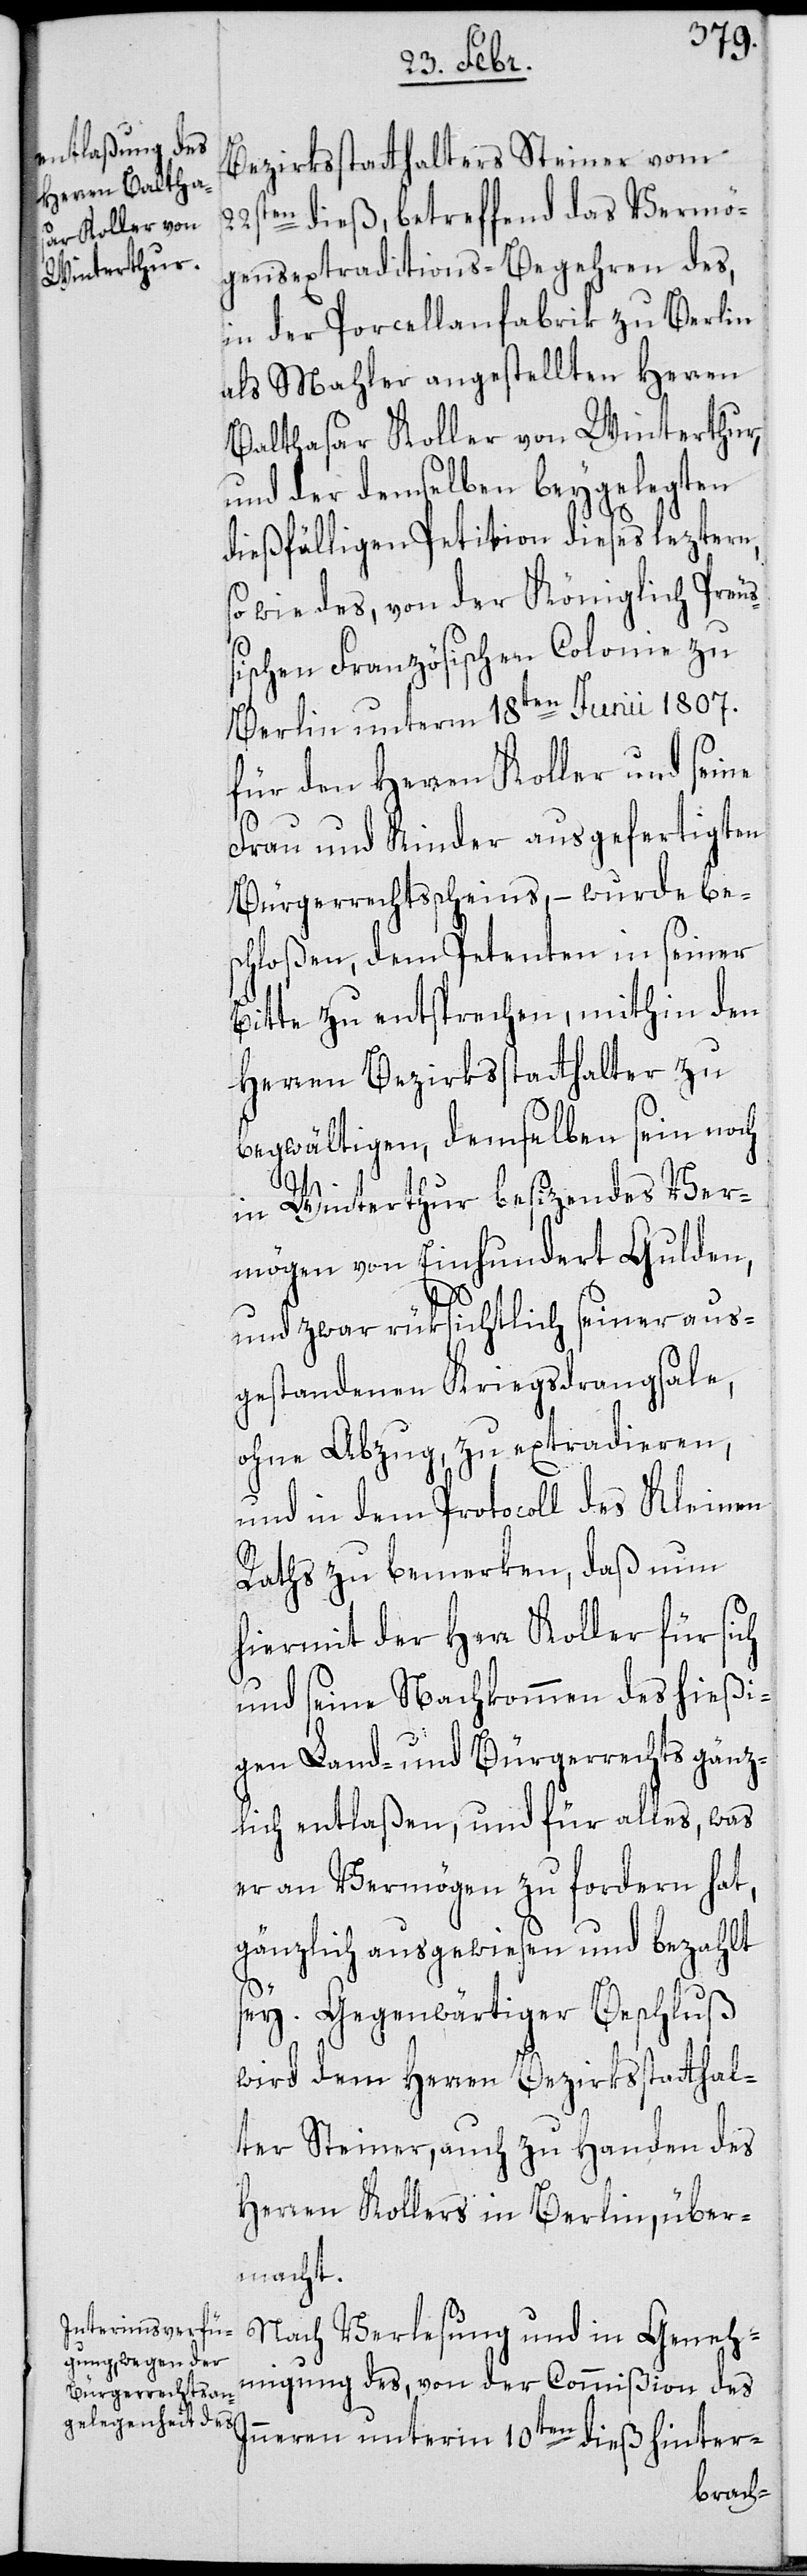
Bezirksstatthalters Steiner vom
22sten dieß, betreffend das Vermö¬
gensextraditions-Begehren des,
in der Porcellanfabrik zu Berlin
als Mahler angestellten Herren
Balthasar Koller von Winterthur,
und der demselben beygelegten
dießfälligen Petition dieses leztern,
sowie des, von der Königlich Preuß¬
ischen Französischen Colonie zu
Berlin unterm 18ten Junii 1807.
für den Herren Koller und seine
Frau und Kinder ausgefertigten
Bürgerrechtsscheins, – wurde be¬
schloßen, dem Petenten in seiner
Bitte zu entsprechen, mithin den
Herren Bezirksstatthalter zu
begwältigen, demselben sein noch
in Winterthur besizendes Ver¬
mögen von Einhundert Gulden,
und zwar rüksichtlich seiner aus¬
gestandenen Kriegsdrangsale,
ohne Abzug, zu extradieren,
und in dem Protocoll des Kleinen
Raths zu bemerken, daß nun
hiermit der Herr Koller für sich
und seine Nachkommen des hießi¬
gen Land- und Bürgerrechts gänz¬
lich entlaßen, und für alles, was
er an Vermögen zu fordern hat,
gänzlich ausgewiesen und bezahlt
sey. Gegenwärtiger Beschluß
wird dem Herren Bezirksstatthal¬
ter Steiner, auch zu Handen des
Herren Kollers in Berlin, über¬
macht.
Nach Verlesung und in Geneh¬
migung des, von der Commißion des
Inneren unterm 10ten dieß hinter-